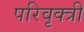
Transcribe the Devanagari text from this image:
परिवृक्त्री